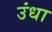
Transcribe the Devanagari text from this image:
उंधा